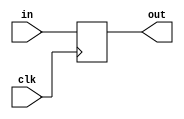
module D_register (
    input clk,           // 
    input [31:0] in,     // 32
    output reg [31:0] out // 32
);

    // 
    always @(posedge clk) begin
        out <= in;
    end

endmodule